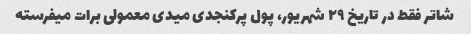
شاتر فقط در تاریخ ۲۹ شهریور، پول پرکنجدی میدی معمولی برات میفرسته